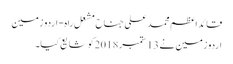
قائداعظم محمد علی جناح مشعل راہ - اردو زمین
اردو زمین نے 13 ستمبر 2018 کو شایع کیا۔